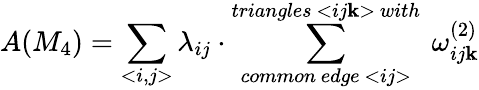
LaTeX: A(M_{4})=\sum_{<i,j>}\lambda_{ij}\cdot\sum_{common~edge~<ij>}^{triangles~<ij\mathbf{k}>~with}~\omega_{ij\mathbf{k}}^{(2)}